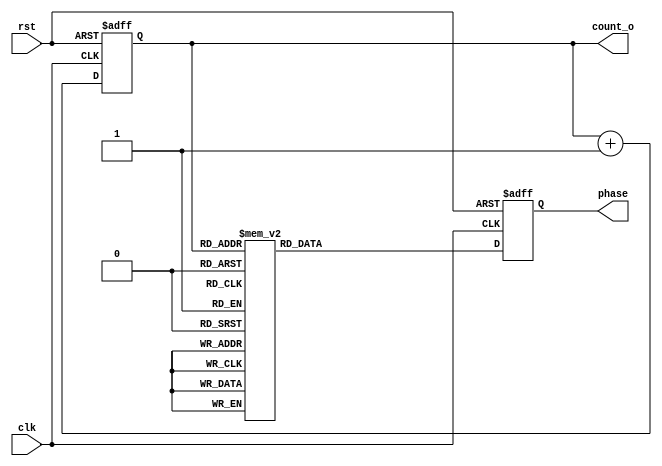
`timescale 1ns / 1ps
//////////////////////////////////////////////////////////////////////////////////
// Company: 
// Engineer: 
// 
// Design Name: 
// Module Name: Sine_LUT
// Project Name: 
// Target Devices: 
// Tool Versions: 
// Description: 
// 
// Dependencies: 
// 
// Revision:
// Revision 0.01 - File Created
// Additional Comments:
// 
//////////////////////////////////////////////////////////////////////////////////


module Sine_LUT(clk,rst,phase,count_o);
input clk, rst;
output reg [7:0] phase;
output [7:0] count_o;
reg [7:0] count;
assign count_o = count;
always@(posedge clk, posedge rst) begin
	if (rst) begin
		phase <= 8'b00000000;
		count <= 0;
	end else begin
	count <= count + 1;
	case(count)
		8'b00000000: phase <= 8'b10000000;
		8'b00000001: phase <= 8'b10000011;
		8'b00000010: phase <= 8'b10000110;
		8'b00000011: phase <= 8'b10001001;
		8'b00000100: phase <= 8'b10001101;
		8'b00000101: phase <= 8'b10010000;
		8'b00000110: phase <= 8'b10010011;
		8'b00000111: phase <= 8'b10010110;
		8'b00001000: phase <= 8'b10011001;
		8'b00001001: phase <= 8'b10011100;
		8'b00001010: phase <= 8'b10011111;
		8'b00001011: phase <= 8'b10100010;
		8'b00001100: phase <= 8'b10100101;
		8'b00001101: phase <= 8'b10101000;
		8'b00001110: phase <= 8'b10101011;
		8'b00001111: phase <= 8'b10101110;
		8'b00010000: phase <= 8'b10110001;
		8'b00010001: phase <= 8'b10110100;
		8'b00010010: phase <= 8'b10110111;
		8'b00010011: phase <= 8'b10111010;
		8'b00010100: phase <= 8'b10111100;
		8'b00010101: phase <= 8'b10111111;
		8'b00010110: phase <= 8'b11000010;
		8'b00010111: phase <= 8'b11000100;
		8'b00011000: phase <= 8'b11000111;
		8'b00011001: phase <= 8'b11001010;
		8'b00011010: phase <= 8'b11001100;
		8'b00011011: phase <= 8'b11001111;
		8'b00011100: phase <= 8'b11010001;
		8'b00011101: phase <= 8'b11010100;
		8'b00011110: phase <= 8'b11010110;
		8'b00011111: phase <= 8'b11011000;
		8'b00100000: phase <= 8'b11011011;
		8'b00100001: phase <= 8'b11011101;
		8'b00100010: phase <= 8'b11011111;
		8'b00100011: phase <= 8'b11100001;
		8'b00100100: phase <= 8'b11100011;
		8'b00100101: phase <= 8'b11100101;
		8'b00100110: phase <= 8'b11100111;
		8'b00100111: phase <= 8'b11101001;
		8'b00101000: phase <= 8'b11101010;
		8'b00101001: phase <= 8'b11101100;
		8'b00101010: phase <= 8'b11101110;
		8'b00101011: phase <= 8'b11101111;
		8'b00101100: phase <= 8'b11110001;
		8'b00101101: phase <= 8'b11110010;
		8'b00101110: phase <= 8'b11110100;
		8'b00101111: phase <= 8'b11110101;
		8'b00110000: phase <= 8'b11110110;
		8'b00110001: phase <= 8'b11110111;
		8'b00110010: phase <= 8'b11111001;
		8'b00110011: phase <= 8'b11111010;
		8'b00110100: phase <= 8'b11111010;
		8'b00110101: phase <= 8'b11111011;
		8'b00110110: phase <= 8'b11111100;
		8'b00110111: phase <= 8'b11111101;
		8'b00111000: phase <= 8'b11111110;
		8'b00111001: phase <= 8'b11111110;
		8'b00111010: phase <= 8'b11111111;
		8'b00111011: phase <= 8'b11111111;
		8'b00111100: phase <= 8'b11111111;
		8'b00111101: phase <= 8'b11111111;
		8'b00111110: phase <= 8'b11111111;
		8'b00111111: phase <= 8'b11111111;
		8'b01000000: phase <= 8'b11111111;
		8'b01000001: phase <= 8'b11111111;
		8'b01000010: phase <= 8'b11111111;
		8'b01000011: phase <= 8'b11111111;
		8'b01000100: phase <= 8'b11111111;
		8'b01000101: phase <= 8'b11111111;
		8'b01000110: phase <= 8'b11111111;
		8'b01000111: phase <= 8'b11111110;
		8'b01001000: phase <= 8'b11111110;
		8'b01001001: phase <= 8'b11111101;
		8'b01001010: phase <= 8'b11111100;
		8'b01001011: phase <= 8'b11111011;
		8'b01001100: phase <= 8'b11111010;
		8'b01001101: phase <= 8'b11111010;
		8'b01001110: phase <= 8'b11111001;
		8'b01001111: phase <= 8'b11110111;
		8'b01010000: phase <= 8'b11110110;
		8'b01010001: phase <= 8'b11110101;
		8'b01010010: phase <= 8'b11110100;
		8'b01010011: phase <= 8'b11110010;
		8'b01010100: phase <= 8'b11110001;
		8'b01010101: phase <= 8'b11101111;
		8'b01010110: phase <= 8'b11101110;
		8'b01010111: phase <= 8'b11101100;
		8'b01011000: phase <= 8'b11101010;
		8'b01011001: phase <= 8'b11101001;
		8'b01011010: phase <= 8'b11100111;
		8'b01011011: phase <= 8'b11100101;
		8'b01011100: phase <= 8'b11100011;
		8'b01011101: phase <= 8'b11100001;
		8'b01011110: phase <= 8'b11011111;
		8'b01011111: phase <= 8'b11011101;
		8'b01100000: phase <= 8'b11011011;
		8'b01100001: phase <= 8'b11011000;
		8'b01100010: phase <= 8'b11010110;
		8'b01100011: phase <= 8'b11010100;
		8'b01100100: phase <= 8'b11010001;
		8'b01100101: phase <= 8'b11001111;
		8'b01100110: phase <= 8'b11001100;
		8'b01100111: phase <= 8'b11001010;
		8'b01101000: phase <= 8'b11000111;
		8'b01101001: phase <= 8'b11000100;
		8'b01101010: phase <= 8'b11000010;
		8'b01101011: phase <= 8'b10111111;
		8'b01101100: phase <= 8'b10111100;
		8'b01101101: phase <= 8'b10111010;
		8'b01101110: phase <= 8'b10110111;
		8'b01101111: phase <= 8'b10110100;
		8'b01110000: phase <= 8'b10110001;
		8'b01110001: phase <= 8'b10101110;
		8'b01110010: phase <= 8'b10101011;
		8'b01110011: phase <= 8'b10101000;
		8'b01110100: phase <= 8'b10100101;
		8'b01110101: phase <= 8'b10100010;
		8'b01110110: phase <= 8'b10011111;
		8'b01110111: phase <= 8'b10011100;
		8'b01111000: phase <= 8'b10011001;
		8'b01111001: phase <= 8'b10010110;
		8'b01111010: phase <= 8'b10010011;
		8'b01111011: phase <= 8'b10010000;
		8'b01111100: phase <= 8'b10001101;
		8'b01111101: phase <= 8'b10001001;
		8'b01111110: phase <= 8'b10000110;
		8'b01111111: phase <= 8'b10000011;
		8'b10000000: phase <= 8'b10000000;
		8'b10000001: phase <= 8'b01111101;
		8'b10000010: phase <= 8'b01111010;
		8'b10000011: phase <= 8'b01110111;
		8'b10000100: phase <= 8'b01110011;
		8'b10000101: phase <= 8'b01110000;
		8'b10000110: phase <= 8'b01101101;
		8'b10000111: phase <= 8'b01101010;
		8'b10001000: phase <= 8'b01100111;
		8'b10001001: phase <= 8'b01100100;
		8'b10001010: phase <= 8'b01100001;
		8'b10001011: phase <= 8'b01011110;
		8'b10001100: phase <= 8'b01011011;
		8'b10001101: phase <= 8'b01011000;
		8'b10001110: phase <= 8'b01010101;
		8'b10001111: phase <= 8'b01010010;
		8'b10010000: phase <= 8'b01001111;
		8'b10010001: phase <= 8'b01001100;
		8'b10010010: phase <= 8'b01001001;
		8'b10010011: phase <= 8'b01000110;
		8'b10010100: phase <= 8'b01000100;
		8'b10010101: phase <= 8'b01000001;
		8'b10010110: phase <= 8'b00111110;
		8'b10010111: phase <= 8'b00111100;
		8'b10011000: phase <= 8'b00111001;
		8'b10011001: phase <= 8'b00110110;
		8'b10011010: phase <= 8'b00110100;
		8'b10011011: phase <= 8'b00110001;
		8'b10011100: phase <= 8'b00101111;
		8'b10011101: phase <= 8'b00101100;
		8'b10011110: phase <= 8'b00101010;
		8'b10011111: phase <= 8'b00101000;
		8'b10100000: phase <= 8'b00100101;
		8'b10100001: phase <= 8'b00100011;
		8'b10100010: phase <= 8'b00100001;
		8'b10100011: phase <= 8'b00011111;
		8'b10100100: phase <= 8'b00011101;
		8'b10100101: phase <= 8'b00011011;
		8'b10100110: phase <= 8'b00011001;
		8'b10100111: phase <= 8'b00010111;
		8'b10101000: phase <= 8'b00010110;
		8'b10101001: phase <= 8'b00010100;
		8'b10101010: phase <= 8'b00010010;
		8'b10101011: phase <= 8'b00010001;
		8'b10101100: phase <= 8'b00001111;
		8'b10101101: phase <= 8'b00001110;
		8'b10101110: phase <= 8'b00001100;
		8'b10101111: phase <= 8'b00001011;
		8'b10110000: phase <= 8'b00001010;
		8'b10110001: phase <= 8'b00001001;
		8'b10110010: phase <= 8'b00000111;
		8'b10110011: phase <= 8'b00000110;
		8'b10110100: phase <= 8'b00000110;
		8'b10110101: phase <= 8'b00000101;
		8'b10110110: phase <= 8'b00000100;
		8'b10110111: phase <= 8'b00000011;
		8'b10111000: phase <= 8'b00000010;
		8'b10111001: phase <= 8'b00000010;
		8'b10111010: phase <= 8'b00000001;
		8'b10111011: phase <= 8'b00000001;
		8'b10111100: phase <= 8'b00000001;
		8'b10111101: phase <= 8'b00000000;
		8'b10111110: phase <= 8'b00000000;
		8'b10111111: phase <= 8'b00000000;
		8'b11000000: phase <= 8'b00000000;
		8'b11000001: phase <= 8'b00000000;
		8'b11000010: phase <= 8'b00000000;
		8'b11000011: phase <= 8'b00000000;
		8'b11000100: phase <= 8'b00000001;
		8'b11000101: phase <= 8'b00000001;
		8'b11000110: phase <= 8'b00000001;
		8'b11000111: phase <= 8'b00000010;
		8'b11001000: phase <= 8'b00000010;
		8'b11001001: phase <= 8'b00000011;
		8'b11001010: phase <= 8'b00000100;
		8'b11001011: phase <= 8'b00000101;
		8'b11001100: phase <= 8'b00000110;
		8'b11001101: phase <= 8'b00000110;
		8'b11001110: phase <= 8'b00000111;
		8'b11001111: phase <= 8'b00001001;
		8'b11010000: phase <= 8'b00001010;
		8'b11010001: phase <= 8'b00001011;
		8'b11010010: phase <= 8'b00001100;
		8'b11010011: phase <= 8'b00001110;
		8'b11010100: phase <= 8'b00001111;
		8'b11010101: phase <= 8'b00010001;
		8'b11010110: phase <= 8'b00010010;
		8'b11010111: phase <= 8'b00010100;
		8'b11011000: phase <= 8'b00010110;
		8'b11011001: phase <= 8'b00010111;
		8'b11011010: phase <= 8'b00011001;
		8'b11011011: phase <= 8'b00011011;
		8'b11011100: phase <= 8'b00011101;
		8'b11011101: phase <= 8'b00011111;
		8'b11011110: phase <= 8'b00100001;
		8'b11011111: phase <= 8'b00100011;
		8'b11100000: phase <= 8'b00100101;
		8'b11100001: phase <= 8'b00101000;
		8'b11100010: phase <= 8'b00101010;
		8'b11100011: phase <= 8'b00101100;
		8'b11100100: phase <= 8'b00101111;
		8'b11100101: phase <= 8'b00110001;
		8'b11100110: phase <= 8'b00110100;
		8'b11100111: phase <= 8'b00110110;
		8'b11101000: phase <= 8'b00111001;
		8'b11101001: phase <= 8'b00111100;
		8'b11101010: phase <= 8'b00111110;
		8'b11101011: phase <= 8'b01000001;
		8'b11101100: phase <= 8'b01000100;
		8'b11101101: phase <= 8'b01000110;
		8'b11101110: phase <= 8'b01001001;
		8'b11101111: phase <= 8'b01001100;
		8'b11110000: phase <= 8'b01001111;
		8'b11110001: phase <= 8'b01010010;
		8'b11110010: phase <= 8'b01010101;
		8'b11110011: phase <= 8'b01011000;
		8'b11110100: phase <= 8'b01011011;
		8'b11110101: phase <= 8'b01011110;
		8'b11110110: phase <= 8'b01100001;
		8'b11110111: phase <= 8'b01100100;
		8'b11111000: phase <= 8'b01100111;
		8'b11111001: phase <= 8'b01101010;
		8'b11111010: phase <= 8'b01101101;
		8'b11111011: phase <= 8'b01110000;
		8'b11111100: phase <= 8'b01110011;
		8'b11111101: phase <= 8'b01110111;
		8'b11111110: phase <= 8'b01111010;
		8'b11111111: phase <= 8'b01111101;
	endcase
	end
end
endmodule